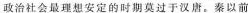
政治社会最理想安定的时期莫过于汉唐。秦以前